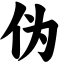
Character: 伪